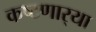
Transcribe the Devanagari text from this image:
कष्टणार्‍या